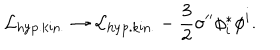
LaTeX: { \cal L } _ { \mathrm { h y p . k i n . } } \rightarrow { \cal L } _ { \mathrm { h y p . k i n . } } - \frac 3 2 \sigma ^ { \prime \prime } \phi _ { i } ^ { * } \phi ^ { i } .